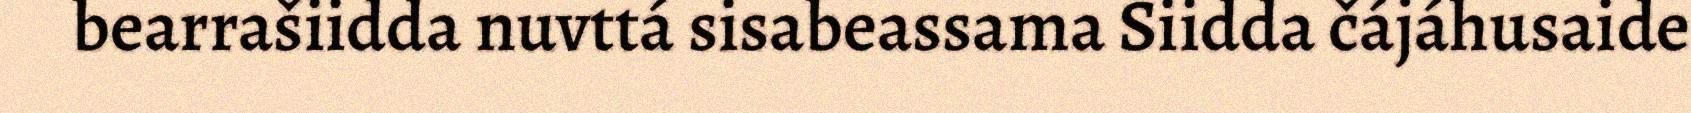
bearrašiidda nuvttá sisabeassama Siidda čájáhusaide